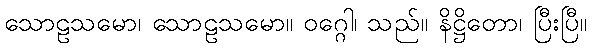
သောဠသမော၊ သောဠသမော။ ဝဂ္ဂေါ၊ သည်။ နိဋ္ဌိတော၊ ပြီးပြီ။